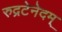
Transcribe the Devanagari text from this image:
रुद्रटेनेदम्